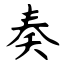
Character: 奏